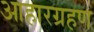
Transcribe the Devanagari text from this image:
आहारग्रहण